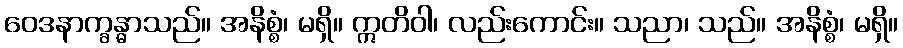
ဝေဒနာက္ခန္ဓာသည်။ အနိစ္စံ၊ မရှိ။ ဣတိဝါ၊ လည်းကောင်း။ သညာ၊ သည်။ အနိစ္စံ၊ မရှိ။